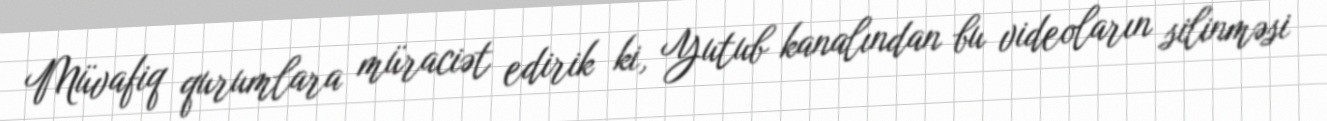
Müvafiq qurumlara müraciət edirik ki, Yutub kanalından bu videoların silinməsi